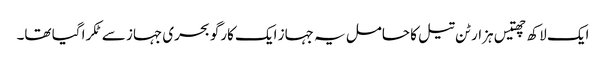
ایک لاکھ چھتیس ہزار ٹن تیل کا حامل یہ جہاز ایک کارگو بحری جہاز سے ٹکرا گیا تھا۔